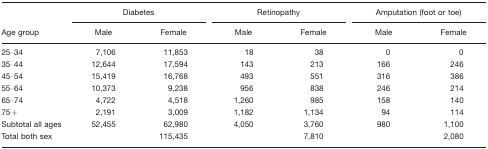
<table><thead><tr><td rowspan="3"><b>Age group</b></td><td colspan="2"><b>Diabetes</b></td><td colspan="2"><b>Retinopathy</b></td><td colspan="2"><b>Amputation (foot or toe)</b></td></tr><tr><td><b>Male</b></td><td><b>Female</b></td><td><b>Male</b></td><td><b>Female</b></td><td><b>Male</b></td><td><b>Female</b></td></tr></thead><tbody><tr><td>25–34</td><td>7,106</td><td>11,853</td><td>18</td><td>38</td><td>0</td><td>0</td></tr><tr><td>35–44</td><td>12,644</td><td>17,594</td><td>143</td><td>213</td><td>166</td><td>246</td></tr><tr><td>45–54</td><td>15,419</td><td>16,768</td><td>493</td><td>551</td><td>316</td><td>386</td></tr><tr><td>55–64</td><td>10,373</td><td>9,238</td><td>956</td><td>838</td><td>246</td><td>214</td></tr><tr><td>65–74</td><td>4,722</td><td>4,518</td><td>1,260</td><td>985</td><td>158</td><td>140</td></tr><tr><td>75+</td><td>2,191</td><td>3,009</td><td>1,182</td><td>1,134</td><td>94</td><td>114</td></tr><tr><td>Subtotal all ages</td><td>52,455</td><td>62,980</td><td>4,050</td><td>3,760</td><td>980</td><td>1,100</td></tr><tr><td>Total both sex</td><td></td><td>115,435</td><td></td><td>7,810</td><td></td><td>2,080</td></tr></tbody></table>